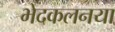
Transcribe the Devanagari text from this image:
भेदकलनया